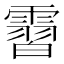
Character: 霫